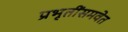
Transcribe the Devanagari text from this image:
प्रभृतींसमवेत